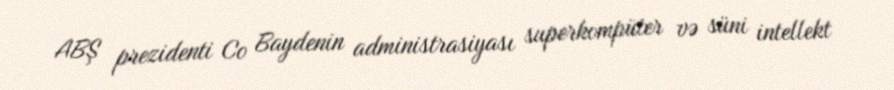
ABŞ prezidenti Co Baydenin administrasiyası superkompüter və süni intellekt